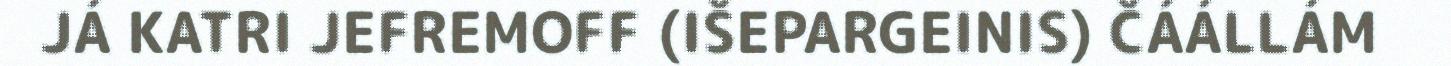
JÁ KATRI JEFREMOFF (IŠEPARGEINIS) ČÁÁLLÁM